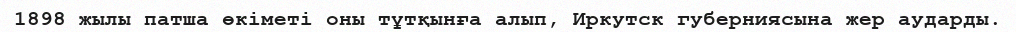
1898 жылы патша өкіметі оны тұтқынға алып, Иркутск губерниясына жер аударды.